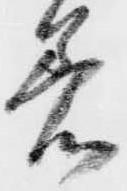
着